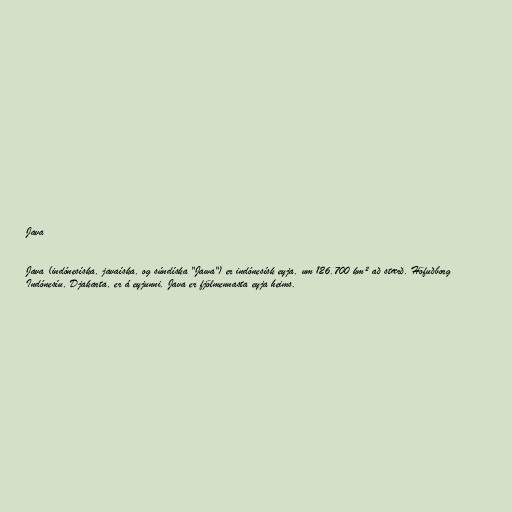
Java

Java (indónesíska, javaíska, og súndíska "Jawa") er indónesísk eyja, um 126.700 km² að stærð. Höfuðborg
Indónesíu, Djakarta, er á eyjunni. Java er fjölmennasta eyja heims.